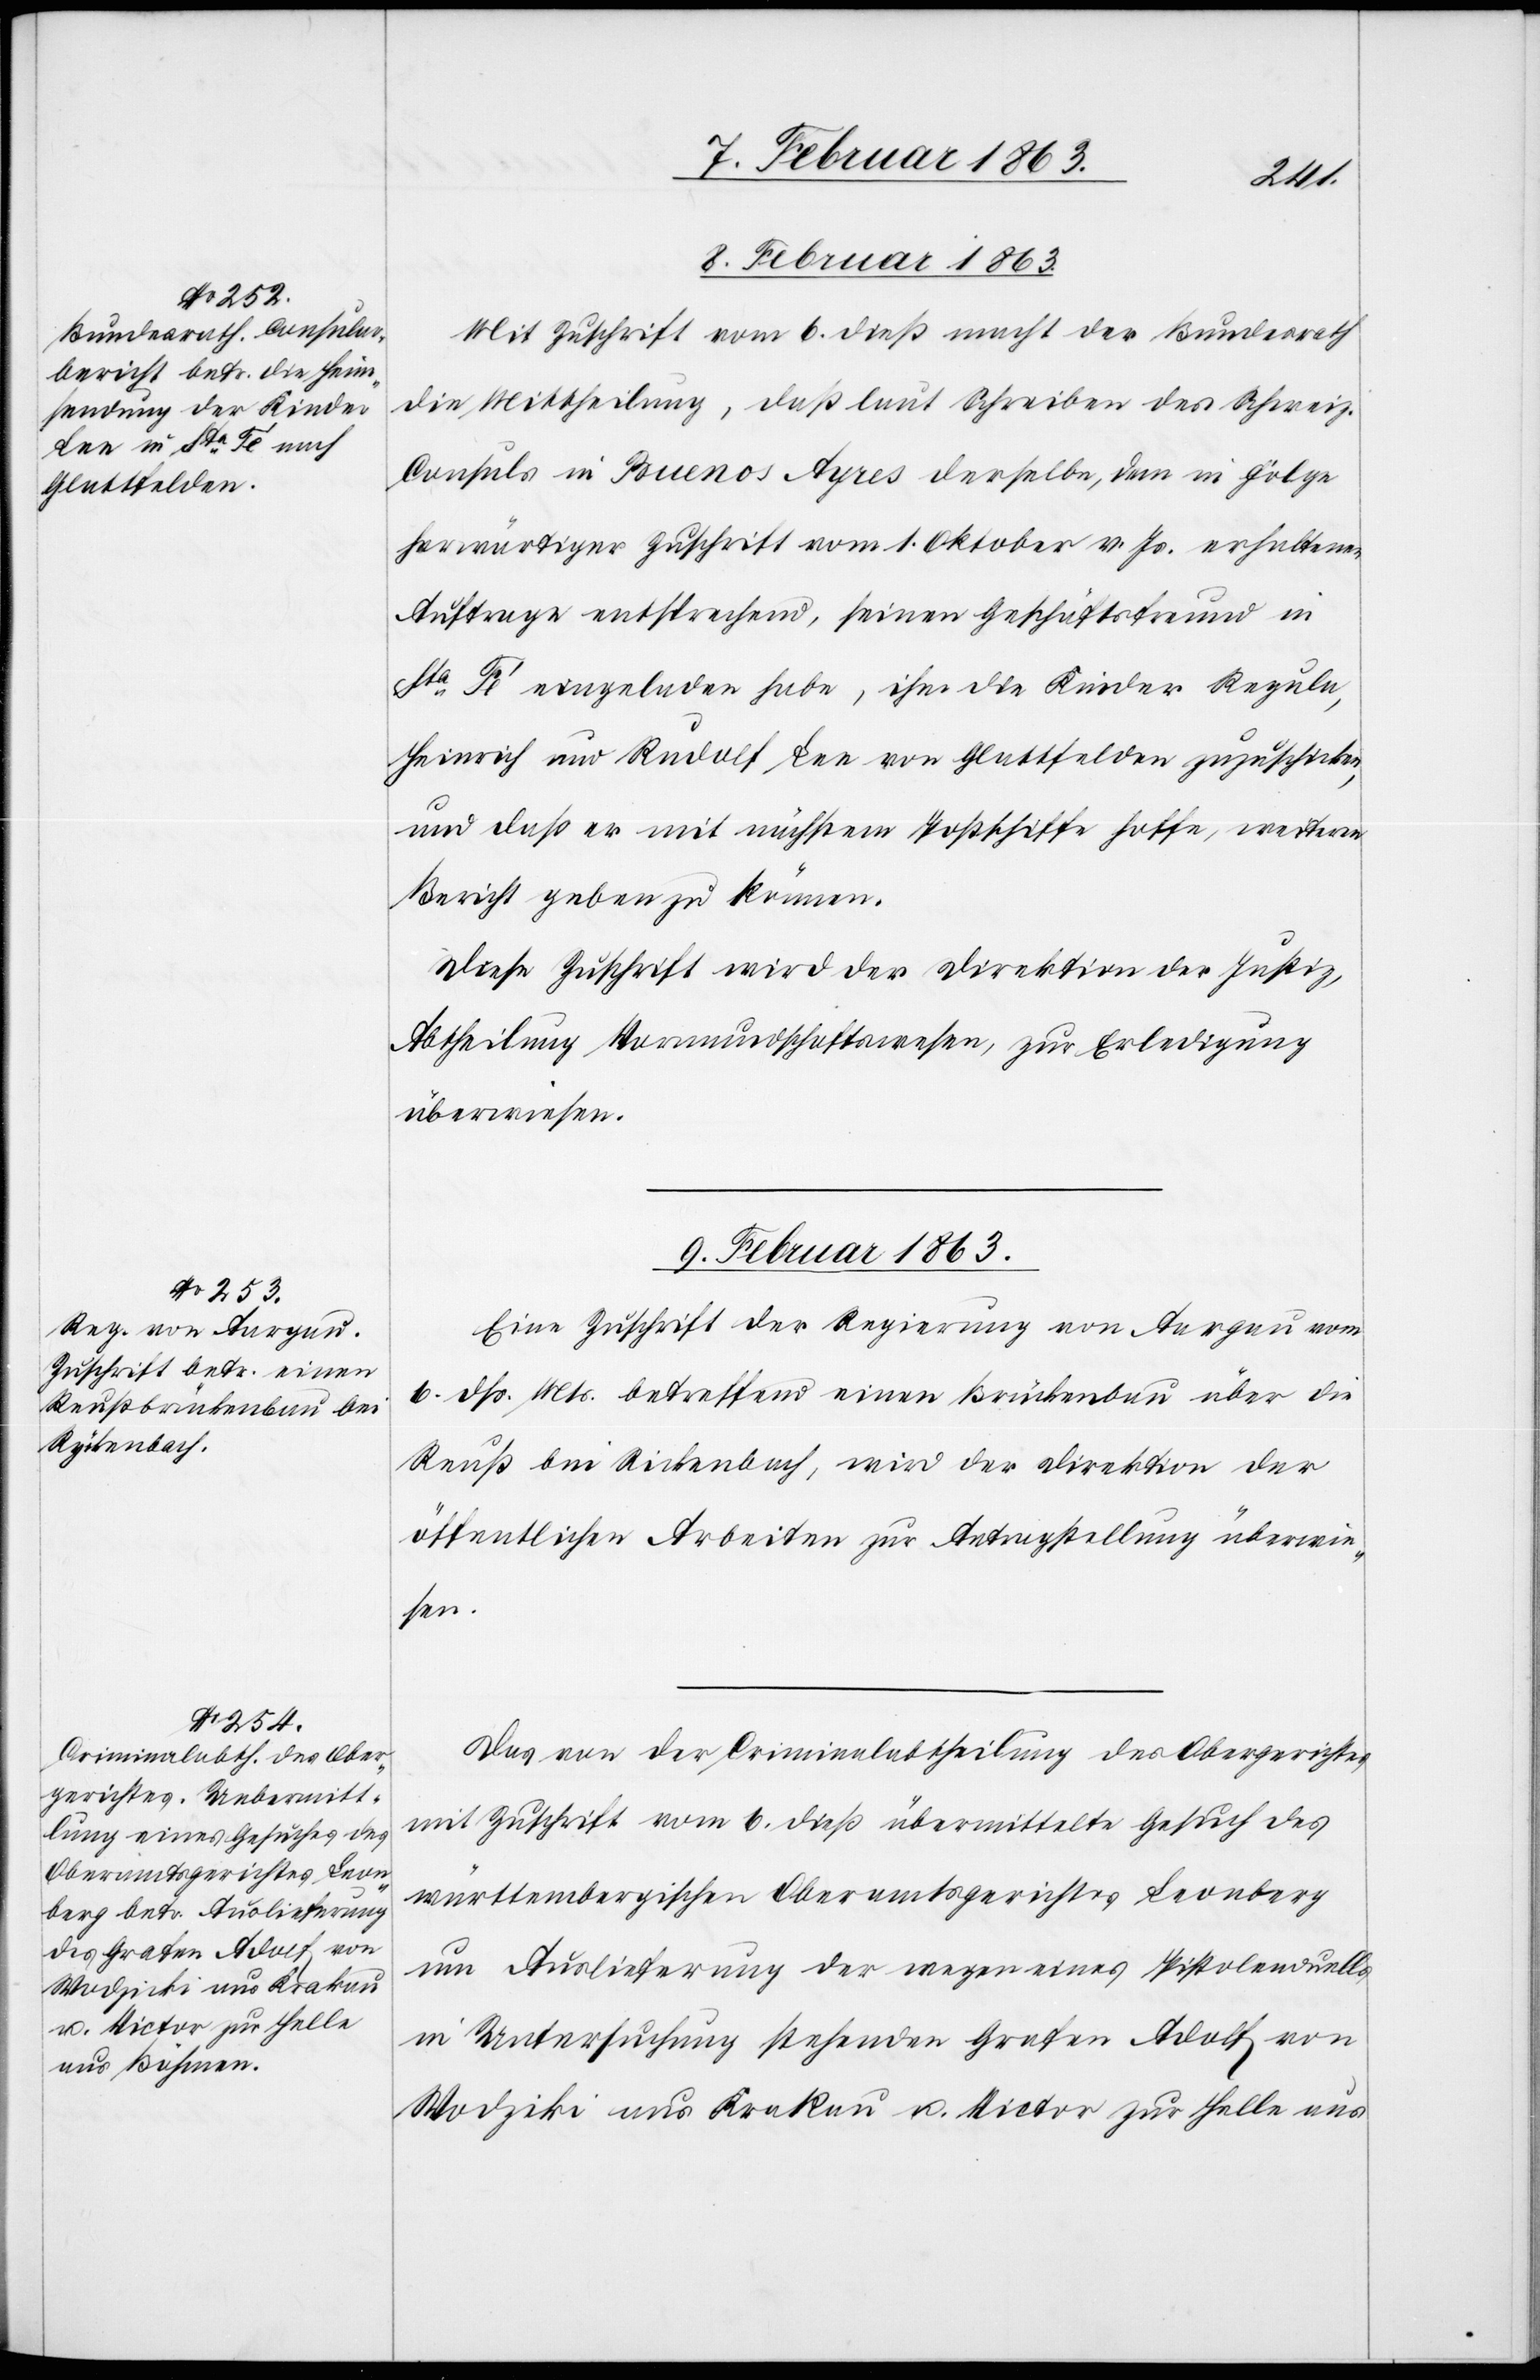
9. Februar 1863.]
8. Februar 1863.
Mit Zuschrift vom 6. dieß macht der Bundesrath
die Mittheilung, daß laut Schreiben des Schweiz.
Consuls in Buenos Ayres derselbe, dem in Folge
herwärtiger Zuschrift vom 1. Oktober v. Js. erhaltenen
Auftrage entsprechend, seinen Geschäftsfreund in
Sta Fe eingeladen habe, ihm die Kinder Regula,
Heinrich und Rudolf Lee von Glattfelden zuzuschicken,
und daß er mit nächstem Postschiffe hoffe, weitern
Bericht geben zu können.
Diese Zuschrift wird der Direktion der Justiz,
Abtheilung Vormundschaftswesen, zur Erledigung
überwiesen.
9. Februar 1863.
Eine Zuschrift der Regierung von Aargau vom
6. dß. Mts. betreffend einen Brückenbau über die
Reuß bei Rickenbach, wird der Direktion der
öffentlichen Arbeiten zur Antragstellung überwie¬
sen.
Das von der Criminalabtheilung des Obergerichtes
mit Zuschrift vom 6. dieß übermittelte Gesuch des
württembergischen Oberamtsgerichtes Leonberg
um Auslieferung der wegen eines Pistolenduells
in Untersuchung stehenden Grafen Adolf von
Wodziki [sic!] aus Krakau u. Victor zur Helle aus